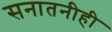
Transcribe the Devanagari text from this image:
सनातनीही